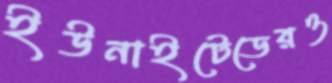
ইউনাইটেডেরও